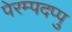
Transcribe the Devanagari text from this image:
पेरम्पदप्पु